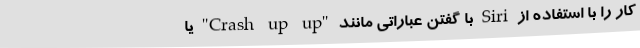
کار را با استفاده از Siri با گفتن عباراتی مانند "Crash up up" یا